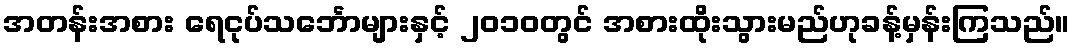
အတန်းအစား ရေငုပ်သင်္ဘောများနှင့် ၂၀၁၀တွင် အစားထိုးသွားမည်ဟုခန့်မှန်းကြသည်။